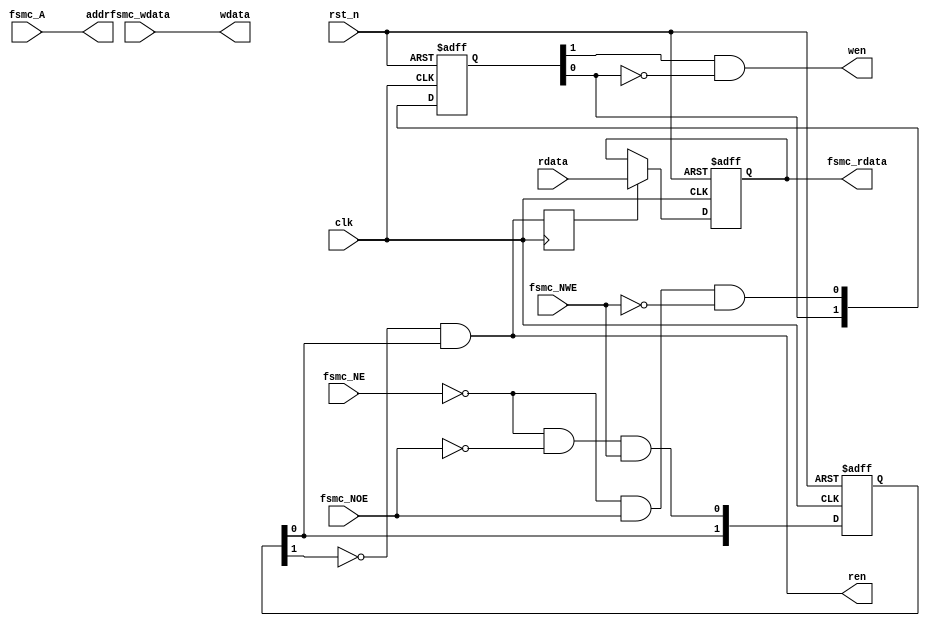
// enabled extended mode, Mode A is the default mode for SRAM/PSRAM memory type 
module fsmc_sync_if #(
    parameter   p_WIDTH_ADDR = 8,
    parameter   p_WIDTH_DATA = 16 
)(
    input   wire                        clk,
    input   wire                        rst_n,

    input   wire    [p_WIDTH_ADDR-1:0]  fsmc_A,
    input   wire    [p_WIDTH_DATA-1:0]  fsmc_wdata,
    output  reg     [p_WIDTH_DATA-1:0]  fsmc_rdata,
    input   wire                        fsmc_NE,
    input   wire                        fsmc_NWE,
    input   wire                        fsmc_NOE,

    output  wire    [p_WIDTH_ADDR-1:0]  addr,
    output  wire    [p_WIDTH_DATA-1:0]  wdata,
    input   wire    [p_WIDTH_DATA-1:0]  rdata,
    output  wire                        wen,
    output  wire                        ren
);


assign addr         = fsmc_A;
assign wdata        = fsmc_wdata;

// For ram read operation, the first clock need to load raddr and it's the second clock that can read the data out
// all read operations are delayed by one clock
reg r_ren;

always @(posedge clk) begin
    r_ren <= ren;
end

always @(posedge clk, negedge rst_n) begin
    if(!rst_n) begin
        fsmc_rdata <= {p_WIDTH_DATA{1'b0}};
    end
    else if(r_ren)begin
        fsmc_rdata <= rdata;
    end
    else begin
        fsmc_rdata <= fsmc_rdata;
    end
end


reg [1:0] r_wr;
reg [1:0] r_rd;

// write at the posedge of fsmc_NWE (negedge of r_wr)
// read  at the negedge of fsmc_NOE (posedge of r_rd)
always @(posedge clk, negedge rst_n) begin
    if(!rst_n) begin
        r_wr <= 2'b00;
        r_rd <= 2'b00;
    end
    else begin
        r_wr <= {r_wr[0], (!fsmc_NE &&( fsmc_NOE) &&(!fsmc_NWE))};
        r_rd <= {r_rd[0], (!fsmc_NE &&(!fsmc_NOE) &&( fsmc_NWE))};
    end
end

assign wen = ( r_wr[1]) &(!r_wr[0]);
assign ren = (!r_rd[1]) &( r_rd[0]);


endmodule